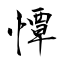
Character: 憛